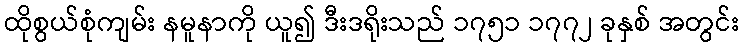
ထိုစွယ်စုံကျမ်း နမူနာကို ယူ၍ ဒီးဒရိုးသည် ၁၇၅၁ ၁၇၇၂ ခုနှစ် အတွင်း